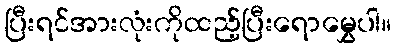
ပြီးရင်အားလုံးကိုထည့်ပြီးရောမွှေပါ။